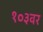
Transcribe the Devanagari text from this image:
१०३वर